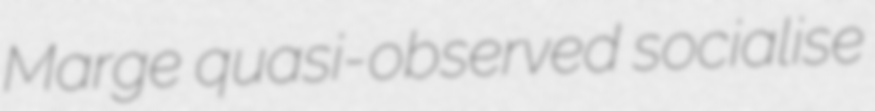
Marge quasi-observed socialise